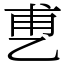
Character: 乶